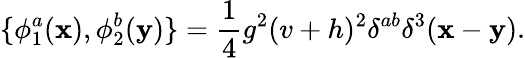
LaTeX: \{ \phi_{1}^{a}({\mathbf x}),\phi_{2}^{b}({\mathbf y})\} =\frac{1}{4}g^{2}(v+h)^{2}\delta^{ab}\delta^{3}({\mathbf x}-\mathbf{y}).